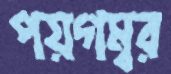
পয়গম্বর